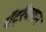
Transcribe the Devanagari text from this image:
ऍट्रॅक्शन